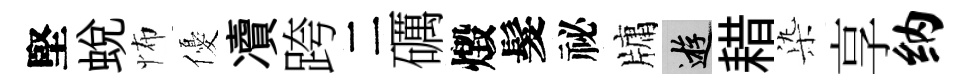
堅蛻怖優凟跨二礪燬髮祕牗游耤𣑱享纳